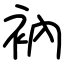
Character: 衲